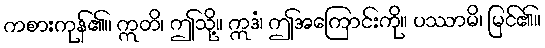
ကစားကုန်၏။ ဣတိ၊ ဤသို့။ ဣဒံ၊ ဤအကြောင်းကို။ ပဿာမိ၊ မြင်၏။